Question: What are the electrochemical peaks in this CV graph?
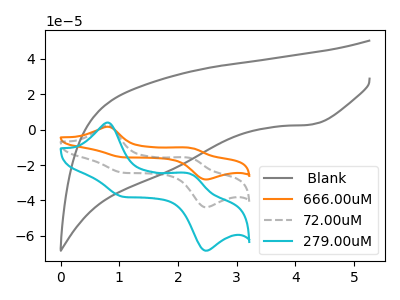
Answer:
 <answer>The gray curve " Blank" has a cathodic peak at: (4.25V, 2.90uA). The orange curve "666.00uM" has anodic peaks at (0.80V, 5.15uA) (2.20V, -31.85uA) and cathodic peaks at (1.10V, -48.75uA) (2.50V, -87.70uA). The gray dashed curve "72.00uM" has anodic peaks at (0.80V, 2.55uA) (2.20V, -15.90uA) and cathodic peaks at (1.10V, -24.35uA) (2.50V, -43.85uA). The cyan curve "279.00uM" has anodic peaks at (0.80V, 4.00uA) (2.20V, -24.85uA) and cathodic peaks at (1.10V, -38.00uA) (2.50V, -68.35uA).</answer>
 <eval></eval>